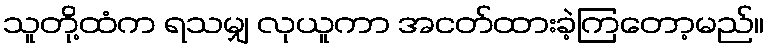
သူတို့ထံက ရသမျှ လုယူကာ အငတ်ထားခဲ့ကြတော့မည်။